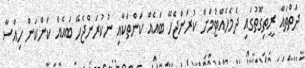
ދަތްތައް ރީތިގޮތުގައި ދެމެހެއްޓުމަށް ކުރަންޖެހޭ ބައެއް ކަންތަކާއި ނުކުރަންޖެހޭ ބައެއް ކަންކަން ހިއްސާ